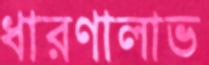
ধারণালাভ